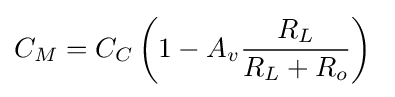
C_{M}=C_{C}\left(1-A_{v}{\frac {R_{L}}{R_{L}+R_{o}}}\right)\